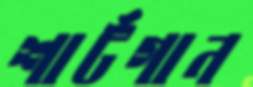
শার্টগান